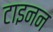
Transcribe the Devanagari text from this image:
टाइनन